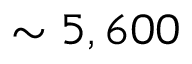
\sim 5 , 6 0 0